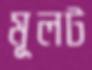
মূলট